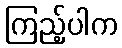
ကြည့်ပါက